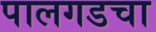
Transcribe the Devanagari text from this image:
पालगडचा